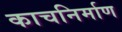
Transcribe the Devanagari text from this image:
काचनिर्माण